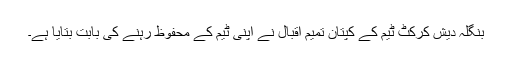
بنگلہ دیش کرکٹ ٹیم کے کپتان تمیم اقبال نے اپنی ٹیم کے محفوظ رہنے کی بابت بتایا ہے۔